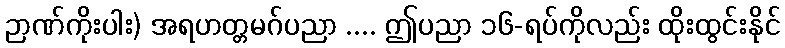
ဉာဏ်ကိုးပါး) အရဟတ္တမဂ်ပညာ .... ဤပညာ ၁၆-ရပ်ကိုလည်း ထိုးထွင်းနိုင်